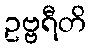
ဥဗ္ဗရီတိ